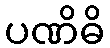
ပဏိဓိ